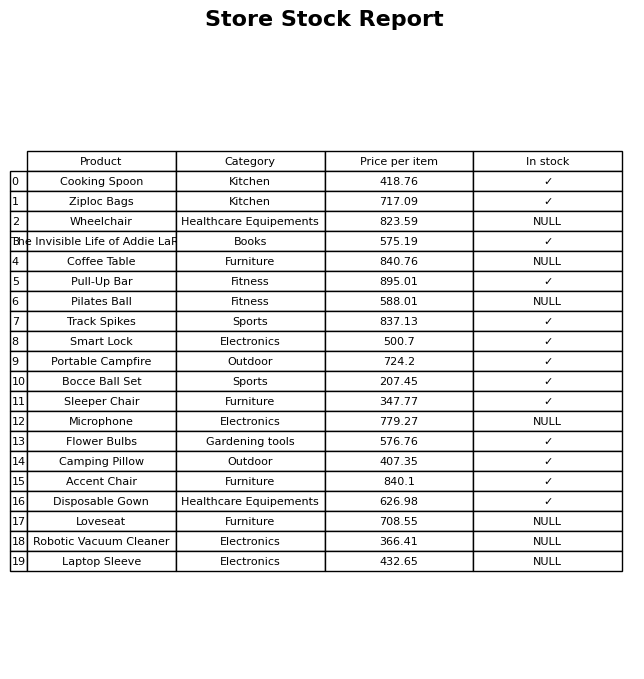
question: What is the price for Microphone?
answer: The price of Microphone is 779.27.